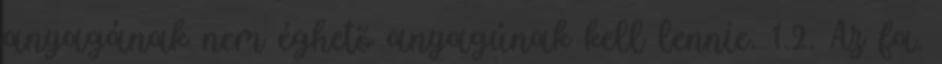
anyagának nem éghetõ anyagúnak kell lennie. 1.2. Az fa.